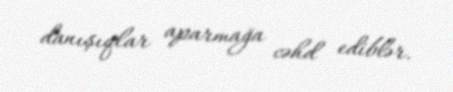
danışıqlar aparmağa cəhd ediblər.